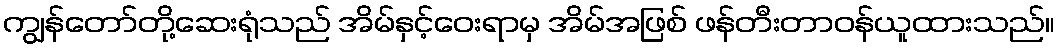
ကျွန်တော်တို့ဆေးရုံသည် အိမ်နှင့်ဝေးရာမှ အိမ်အဖြစ် ဖန်တီးတာဝန်ယူထားသည်။